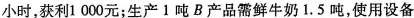
小时，获利1000元；生产1吨B产品需鲜牛奶1.5吨，使用设备